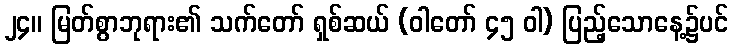
၂၄။ မြတ်စွာဘုရား၏ သက်တော် ရှစ်ဆယ် (ဝါတော် ၄၅ ဝါ) ပြည့်သောနေ့၌ပင်